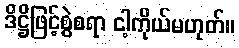
ဒိဋ္ဌိဖြင့်စွဲစရာ ငါ့ကိုယ်မဟုတ်။